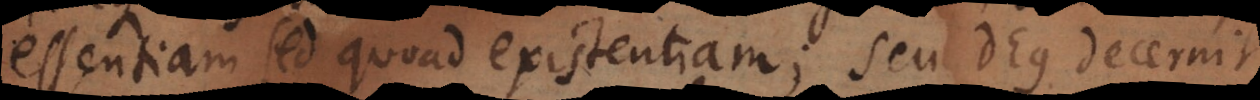
essentiam sed quoad existentiam; seu Deus decernit